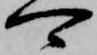
可